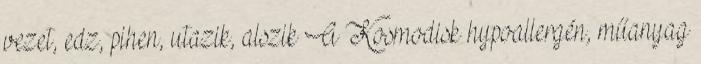
vezet, edz, pihen, utazik, alszik A Kosmodisk hypoallergén, műanyag